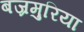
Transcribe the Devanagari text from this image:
बज्रमुरिया